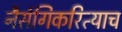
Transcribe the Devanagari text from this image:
नैर्सगिकरित्याच